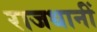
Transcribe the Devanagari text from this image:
राजधानीं